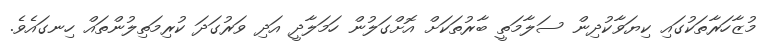
މުޒާހަރާތަކުގައި ކިޔަވާކުދިން ސަލާމަތީ ބާރުތަކަށް އޮށްގަލުން ހަމަލާދީ އަދި ވަރުގަދަ ކުރިމަތިލުންތައް ހިނގައެވެ.